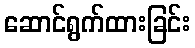
ဆောင်ရွက်ထားခြင်း